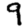
Digit: 9